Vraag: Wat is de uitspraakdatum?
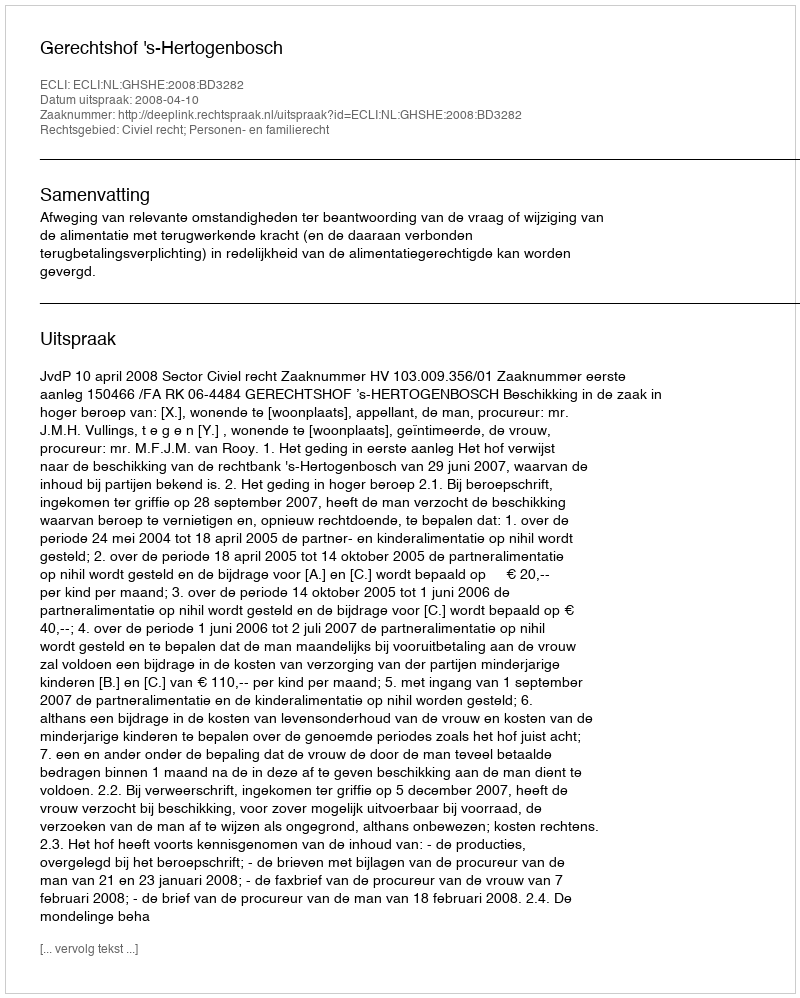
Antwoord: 2008-04-10